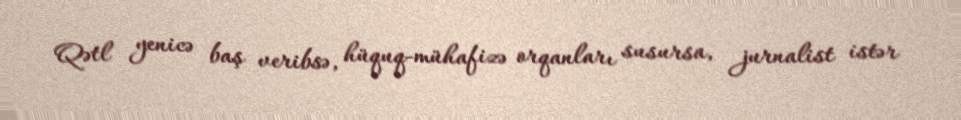
Qətl yenicə baş veribsə, hüquq-mühafizə orqanları susursa, jurnalist istər